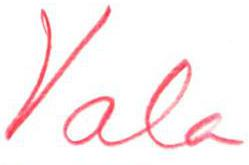
Vala